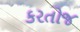
કરતોજ